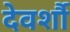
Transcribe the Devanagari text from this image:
देवर्शौ